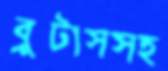
ব্রুটাসসহ